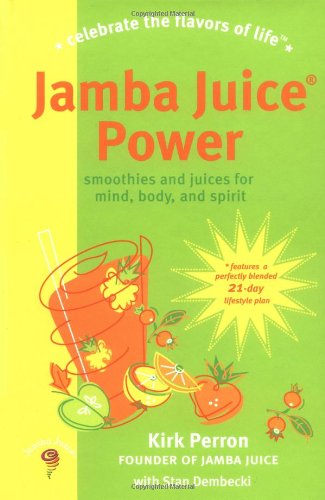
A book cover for Jamba Juice Power; Stan Dembecki; Cookbooks, Food & Wine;